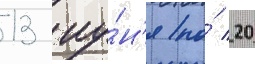
13 иу́н'я по́ 20